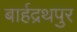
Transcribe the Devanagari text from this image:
बार्हद्रथपुर